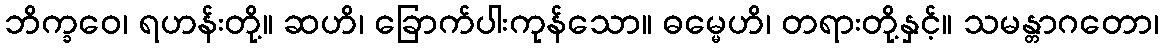
ဘိက္ခဝေ၊ ရဟန်းတို့။ ဆဟိ၊ ခြောက်ပါးကုန်သော။ ဓမ္မေဟိ၊ တရားတို့နှင့်။ သမန္တာဂတော၊